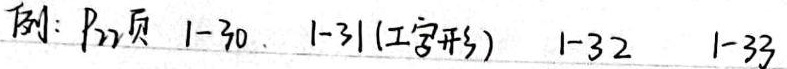
P27页 1 - 30. 1 - 31(工字形) 1 - 32 1 - 33